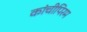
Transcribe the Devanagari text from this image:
कांचीपिरम